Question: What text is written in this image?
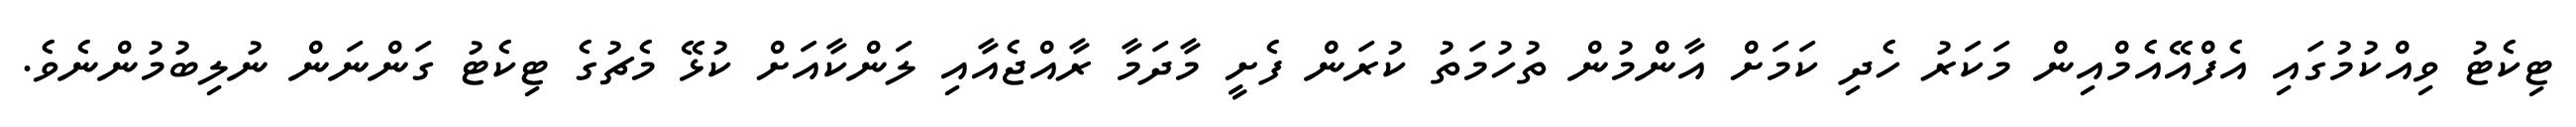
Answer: ޓިކެޓު ވިއްކުމުގައި އެފްއޭއެމްއިން މަކަރު ހެދި ކަމަށް އާންމުން ތުހުމަތު ކުރަން ފެށީ މާދަމާ ރާއްޖެއާއި ލަންކާއަށް ކުޅޭ މެޗުގެ ޓިކެޓު ގަންނަން ނުލިބުމުންނެވެ.